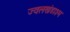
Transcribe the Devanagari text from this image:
ज्वलखंडाश्म